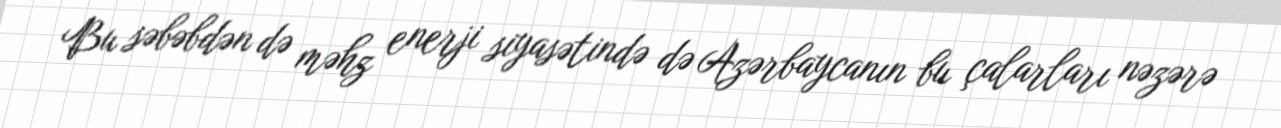
Bu səbəbdən də məhz enerji siyasətində də Azərbaycanın bu çalarları nəzərə